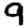
Digit: 9